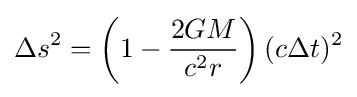
\Delta s^{2}=\left(1-{\frac {2GM}{c^{2}r}}\right)(c\Delta t)^{2}